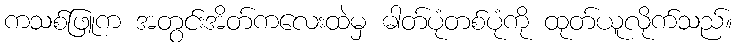
ကသစ်ဖြူက အတွင်းအိတ်ကလေးထဲမှ ဓါတ်ပုံတစ်ပုံကို ထုတ်ယူလိုက်သည်။